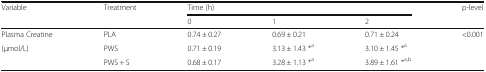
<table><thead><tr><td rowspan="2"><b>Variable</b></td><td rowspan="2"><b>Treatment</b></td><td colspan="3"><b>Time (h)</b></td><td rowspan="2"><b>p-level</b></td></tr><tr><td><b>0</b></td><td><b>1</b></td><td><b>2</b></td></tr></thead><tbody><tr><td>Plasma Creatine</td><td>PLA</td><td>0.74 ± 0.27</td><td>0.69 ± 0.21</td><td>0.71 ± 0.24</td><td>&lt;0.001</td></tr><tr><td rowspan="2">(μmol/L)</td><td>PWS</td><td>0.71 ± 0.19</td><td>3.13 ± 1.43 *<sup>a</sup></td><td>3.10 ± 1.45 *<sup>a</sup></td><td></td></tr><tr><td>PWS + S</td><td>0.68 ± 0.17</td><td>3.28 ± 1.13 *<sup>a</sup></td><td>3.89 ± 1.61 *<sup>a,b</sup></td><td></td></tr></tbody></table>